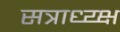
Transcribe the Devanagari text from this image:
सत्राध्य्क्ष